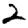
Digit: 2